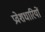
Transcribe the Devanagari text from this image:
प्रवेशधारियों